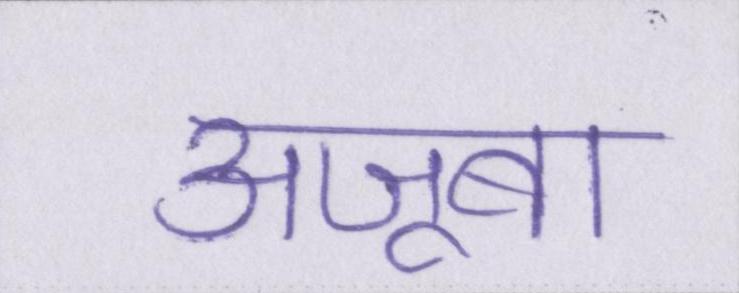
अजूबा